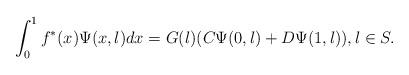
LaTeX: \begin{align*} \int_0^1 f^*(x) \Psi(x,\l) dx = G(\l) (C \Psi(0,\l) + D \Psi(1,\l)), \l \in S.\end{align*}